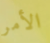
الأمر